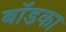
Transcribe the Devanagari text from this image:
बॉडका